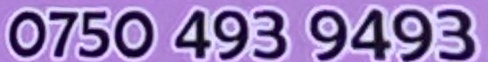
0750 493 9493